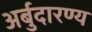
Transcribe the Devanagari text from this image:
अर्बुदारण्य